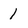
Character: 1